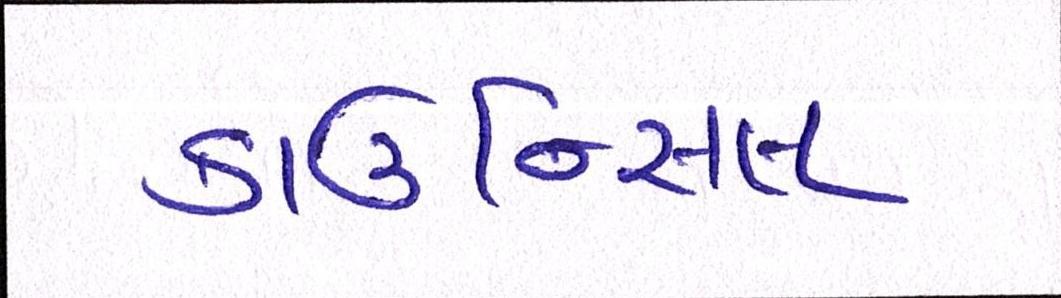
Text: કાઉન્સિલ